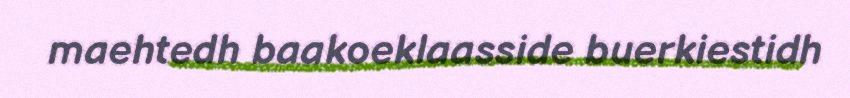
maehtedh baakoeklaasside buerkiestidh